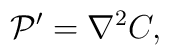
{\cal P}^\prime = {\nabla^2 }C,